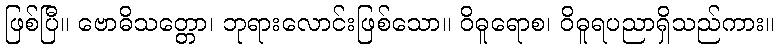
ဖြစ်ပြီ။ ဗောဓိသတ္တော၊ ဘုရားလောင်းဖြစ်သော။ ဝိဓူရောစ၊ ဝိဓူရပညာရှိသည်ကား။